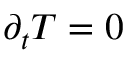
\partial _ { t } T = 0